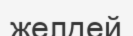
желдей